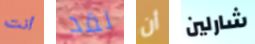
أنت لقد أن شارلين